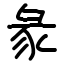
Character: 彖